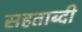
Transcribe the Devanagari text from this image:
सहताब्दी